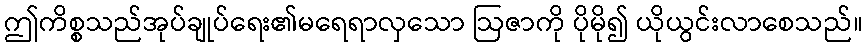
ဤကိစ္စသည်အုပ်ချုပ်ရေး၏မရေရာလှသော ဩဇာကို ပိုမို၍ ယိုယွင်းလာစေသည်။